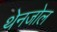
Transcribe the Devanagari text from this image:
थेनजोल